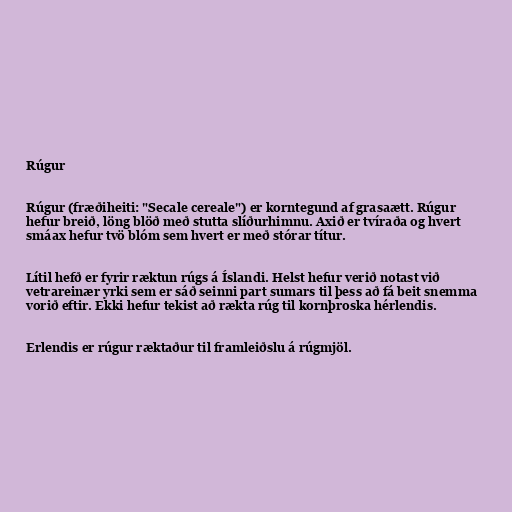
Rúgur

Rúgur (fræðiheiti: "Secale cereale") er korntegund af grasaætt. Rúgur
hefur breið, löng blöð með stutta slíðurhimnu. Axið er tvíraða og hvert
smáax hefur tvö blóm sem hvert er með stórar títur.

Lítil hefð er fyrir ræktun rúgs á Íslandi. Helst hefur verið notast við
vetrareinær yrki sem er sáð seinni part sumars til þess að fá beit snemma
vorið eftir. Ekki hefur tekist að rækta rúg til kornþroska hérlendis.

Erlendis er rúgur ræktaður til framleiðslu á rúgmjöl.